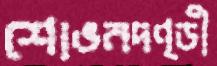
শোভনদণ্ডী